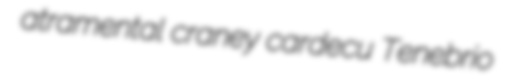
atramental craney cardecu Tenebrio